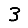
Digit: 3